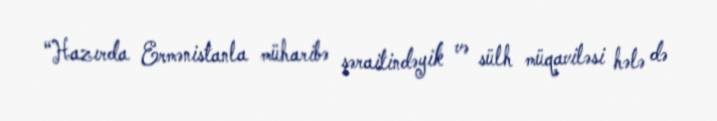
“Hazırda Ermənistanla müharibə şəraitindəyik və sülh müqaviləsi hələ də